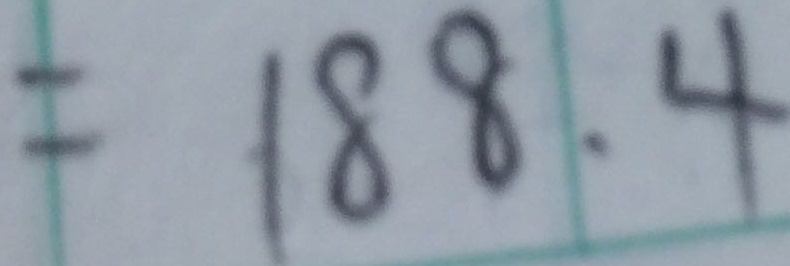
= 1 8 8 . 4